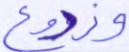
وزروع